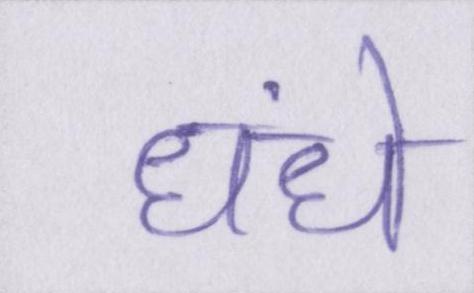
धंधे